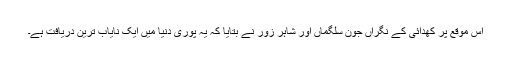
اس موقع پر کھدائی کے نگراں جون سلگماں اور شاہر زور نے بتایا کہ یہ پوری دنیا میں ایک نایاب ترین دریافت ہے۔